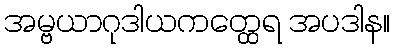
အမ္ဗယာဂုဒါယကတ္ထေရ အပဒါန။